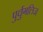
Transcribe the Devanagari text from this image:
पुर्चुगलिज